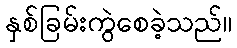
နှစ်ခြမ်းကွဲစေခဲ့သည်။